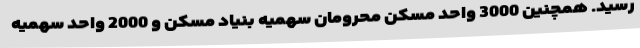
رسید. همچنین 3000 واحد مسکن محرومان سهمیه بنیاد مسکن و 2000 واحد سهمیه